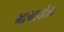
માચાડોસ